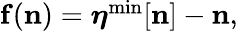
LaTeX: \begin{array}{r}{{\mathbf f}({\mathbf n})={\boldsymbol\eta}^{\mathrm{min}}[{\mathbf n}]-{\mathbf n},}\end{array}